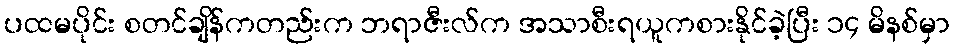
ပထမပိုင်း စတင်ချိန်ကတည်းက ဘရာဇီးလ်က အသာစီးရယူကစားနိုင်ခဲ့ပြီး ၁၄ မိနစ်မှာ